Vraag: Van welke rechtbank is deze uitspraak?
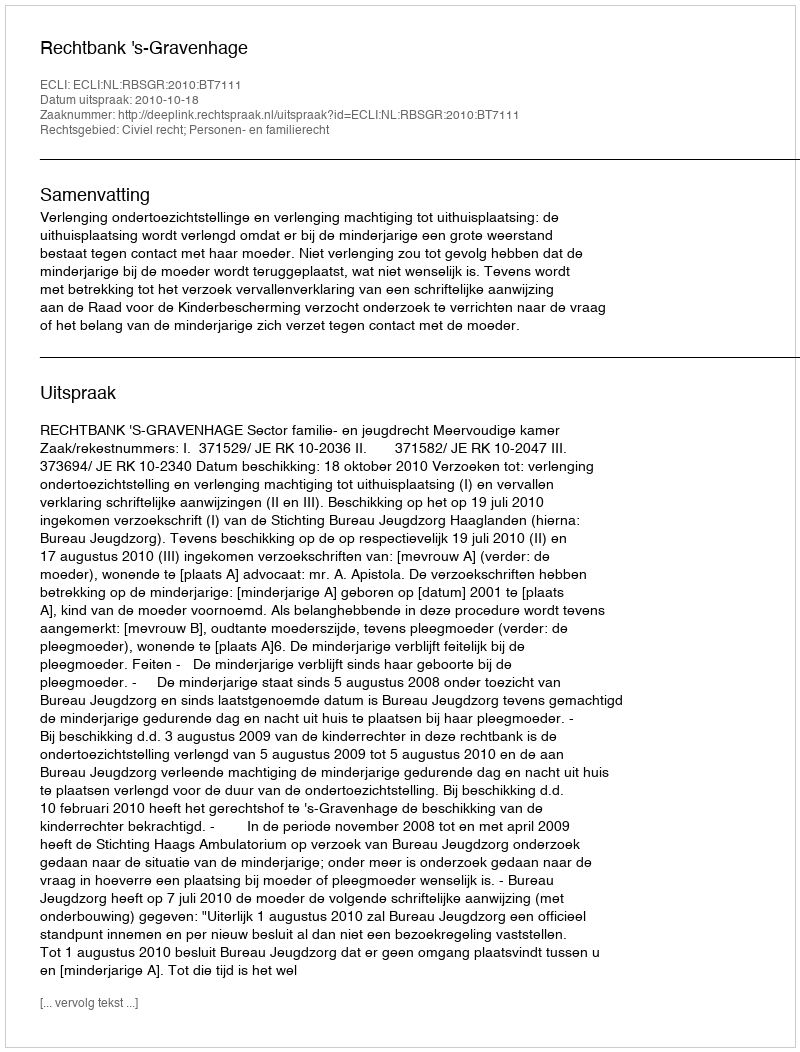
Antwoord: Rechtbank 's-Gravenhage